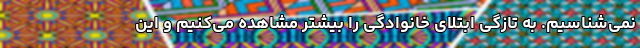
نمی‌شناسیم. به تازگی ابتلای خانوادگی را بیشتر مشاهده می‌کنیم و این